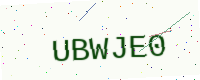
Text: UBWJE0